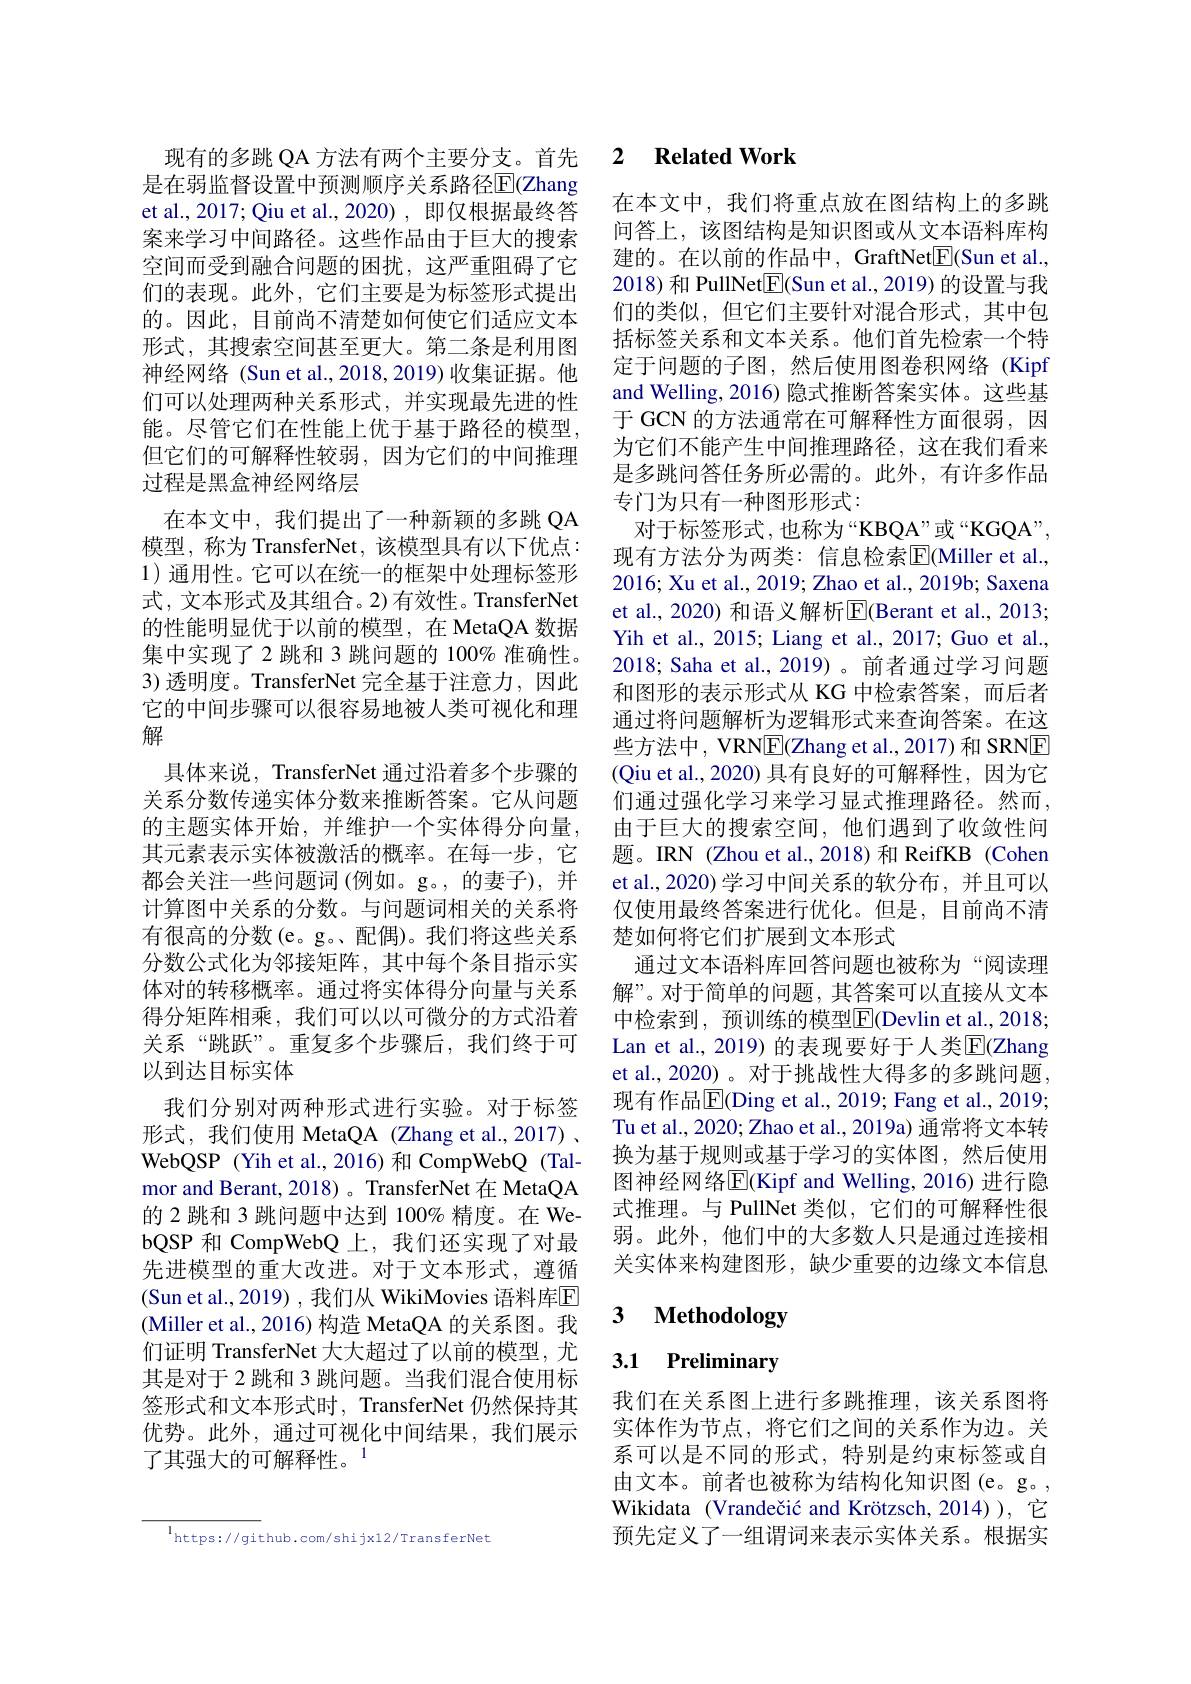
是在弱监督设置中预测顺序关系路径$\overline{\mathrm{E}}$(Zhang et al., 2017; Qiu et al., 2020) , 即仅根据最终答案来学习中间路径。这些作品由于巨大的搜索空间而受到融合问题的困扰，这严重阻碍了它们的表现。此外，它们主要是为标签形式提出的。因此，目前尚不清楚如何使它们适应文本形式，其搜索空间甚至更大。第二条是利用图神经网络 (Sun et al.,2018,2019)收集证据。他们可以处理两种关系形式，并实现最先进的性能。尽管它们在性能上优于基于路径的模型， 但它们的可解释性较弱，因为它们的中间推理过程是黑盒神经网络层
在本文中，我们提出了一种新颖的多跳 QA 模型，称为 TransferNet, 该模型具有以下优点： 1)通用性。它可以在统一的框架中处理标签形式，文本形式及其组合。2)有效性。TransferNet 的性能明显优于以前的模型，在 MetaQA 数据集中实现了2 跳和 3 跳问题的 100% 准确性。3)透明度。TransferNet 完全基于注意力，因此它的中间步骤可以很容易地被人类可视化和理解
具体来说，TransferNet 通过沿着多个步骤的关系分数传递实体分数来推断答案。它从问题的主题实体开始，并维护一个实体得分向量， 其元素表示实体被激活的概率。在每一步，它都会关注一些问题词 (例如。g。,的妻子),并计算图中关系的分数。与问题词相关的关系将有很高的分数(e。g。、配偶)。我们将这些关系分数公式化为邻接矩阵，其中每个条目指示实体对的转移概率。通过将实体得分向量与关系得分矩阵相乘，我们可以以可微分的方式沿着关系“跳跃”。重复多个步骤后，我们终于可以到达目标实体
我们分别对两种形式进行实验。对于标签形式，我们使用 MetaQA (Zhang et al.,2017) 、 WebQSP (Yih et al., 2016) 和 CompWebQ (Talmor and Berant, 2018) 。TransferNet 在 MetaQA 的 2 跳和 3 跳问题中达到 100% 精度。在 WebQSP 和 CompWebQ 上，我们还实现了对最先进模型的重大改进。对于文本形式，遵循(Sun et al., 2019) , 我们从 WikiMovies 语料库$\mathbb{E}$ (Miller et al., 2016) 构造 MetaQA 的关系图。我们证明 TransferNet 大大超过了以前的模型，尤其是对于 2 跳和 3 跳问题。当我们混合使用标签形式和文本形式时，TransferNet 仍然保持其优势。此外，通过可视化中间结果，我们展示了其强大的可解释性。$^{1}$

$^{\mathrm{l}}$https://github.com/shijx12/TransferNet

现有的多跳 QA 方法有两个主要分支。首先 2 Related Work

在本文中，我们将重点放在图结构上的多跳问答上，该图结构是知识图或从文本语料库构建的。在以前的作品中，GraftNet$\underline{\mathrm{F}}($Sun et al., 2018) 和 PullNet$\underline{\mathrm{E}}$(Sun et al., 2019) 的设置与我们的类似，但它们主要针对混合形式，其中包括标签关系和文本关系。他们首先检索一个特定于问题的子图，然后使用图卷积网络(Kipf and Welling, 2016) 隐式推断答案实体。这些基于 GCN 的方法通常在可解释性方面很弱，因为它们不能产生中间推理路径，这在我们看来是多跳问答任务所必需的。此外，有许多作品专门为只有一种图形形式：
对于标签形式，也称为“KBQA”或“KGQA”, 现有方法分为两类：信息检索$\overline{\mathrm{E}}($Miller et al., 2016; Xu et al., 2019; Zhao et al., 2019b; Saxena et al., 2020) 和语义解析$\overline{\mathrm{E}}($Berant et al., 2013; Yih et al., 2015; Liang et al., 2017; Guo et al., 2018; Saha et al., 2019) 。前者通过学习问题和图形的表示形式从 KG 中检索答案，而后者通过将问题解析为逻辑形式来查询答案。在这些方法中，VRN$\underline{\mathrm{E}}($Zhang et al.,2017) 和 SRNE (Qiu et al.,2020) 具有良好的可解释性，因为它们通过强化学习来学习显式推理路径。然而， 由于巨大的搜索空间，他们遇到了收敛性问题。IRN (Zhou et al., 2018) 和 ReifKB (Cohen et al., 2020) 学习中间关系的软分布，并且可以仅使用最终答案进行优化。但是，目前尚不清楚如何将它们扩展到文本形式
通过文本语料库回答问题也被称为“阅读理解”。对于简单的问题，其答案可以直接从文本中检索到，预训练的模型$\boxed{\mathrm{F}}($Devlin et al.,2018; Lan et al., 2019) 的表现要好于人类$\overline{\mathrm{E}}$(Zhang et al., 2020) 。对于挑战性大得多的多跳问题， 现有作品$\overline{\mathrm{E}}$(Ding et al., 2019; Fang et al., 2019; Tu et al., 2020; Zhao et al., 2019a) 通常将文本转换为基于规则或基于学习的实体图，然后使用图神经网络$\overline{\mathrm{E}}($Kipf and Welling, 2016) 进行隐式推理。与 PullNet 类似，它们的可解释性很弱。此外，他们中的大多数人只是通过连接相关实体来构建图形，缺少重要的边缘文本信息

### $\textbf{3}$ $\textbf{Methodology}$

# 3.1 Preliminary

我们在关系图上进行多跳推理，该关系图将实体作为节点，将它们之间的关系作为边。关系可以是不同的形式，特别是约束标签或自由文本。前者也被称为结构化知识图(e。g。, Wikidata (Vrandečić and Krötzsch, 2014)), 它预先定义了一组谓词来表示实体关系。根据实